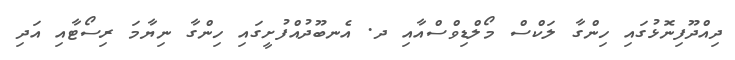
ދިއްދޫފިނޮޅުގައި ހިންގާ ލަކްސް މޯލްޑިވްސްއާއި ދ. އެނބޫދުއްފުށީގައި ހިންގާ ނިޔާމަ ރިސޯޓާއި އަދި